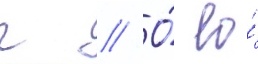
г // О́ ео́